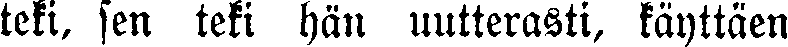
teki, sen teki hän uutterasti, käyttäen